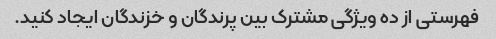
فهرستی از ده ویژگی مشترک بین پرندگان و خزندگان ایجاد کنید.